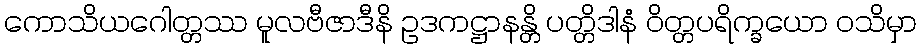
ကောသိယဂေါတ္တဿ မူလဗီဇာဒီနိ ဥဒကဋ္ဌာနန္တိ ပတ္တိဒါနံ ဝိတ္တပရိက္ခယော ဝသိမှာ